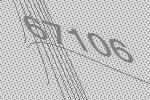
67106